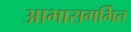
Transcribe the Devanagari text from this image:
आभासगर्भित